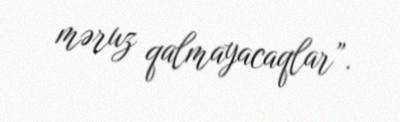
məruz qalmayacaqlar”.